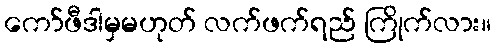
ကော်ဖီဒါမှမဟုတ် လက်ဖက်ရည် ကြိုက်လား။